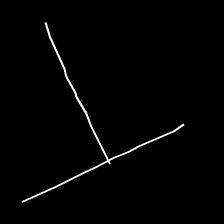
Glyph: column